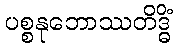
ပစ္စနုဘောဿတိဒ္ဓိံ